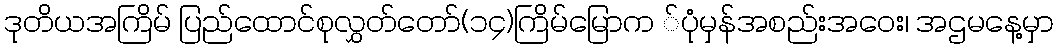
ဒုတိယအကြိမ် ပြည်ထောင်စုလွှတ်တော်(၁၄)ကြိမ်မြောက ်ပုံမှန်အစည်းအဝေး၊ အဌမနေ့မှာ